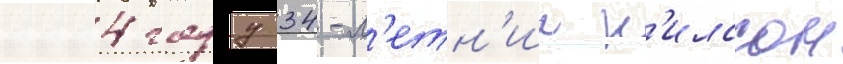
2004 году 34-л'етн'ии н'илссон